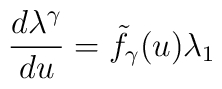
\frac{d\lambda^{\gamma}}{du} = {\tilde f}_{\gamma} (u) \lambda_1